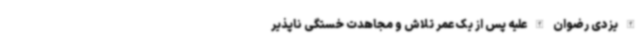
الله یزدی رضوان الله علیه پس از یک عمر تلاش و مجاهدت خستگی ناپذیر